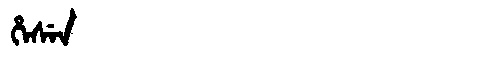
Manchu: ᡥᡝᠰᡝᠨ
Romanization: HESEN